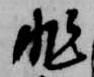
非